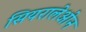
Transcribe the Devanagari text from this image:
सियरालेओन